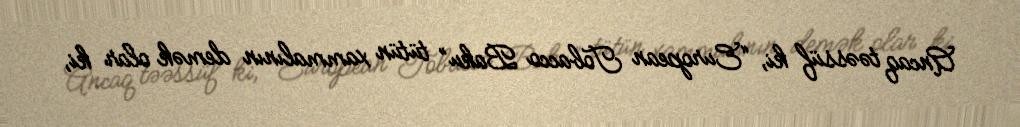
Ancaq təəssüf ki, “European Tobacco Baku” tütün xammalının demək olar ki,